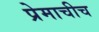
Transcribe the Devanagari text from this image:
प्रेमाचीच